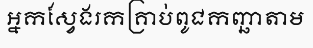
អ្នកស្វែងរកគ្រាប់ពូជកញ្ឆាតាម